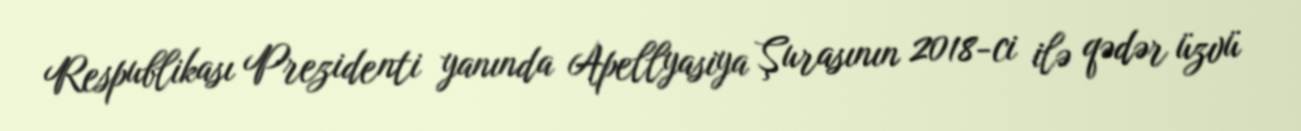
Respublikası Prezidenti yanında Apellyasiya Şurasının 2018-ci ilə qədər üzvü